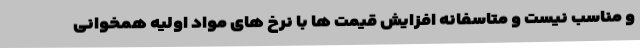
و مناسب نیست و متاسفانه افزایش قیمت ها با نرخ های مواد اولیه همخوانی